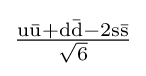
\mathrm {\tfrac {u{\bar {u}}+d{\bar {d}}-2s{\bar {s}}}{\sqrt {6}}}